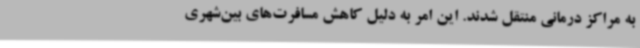
به مراکز درمانی منتقل شدند. این امر به دلیل کاهش مسافرت‌های بین‌شهری